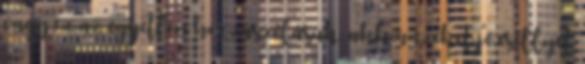
vagy ez az egyetlen hozzászólásuk, akkor ezeket jó eséllyel